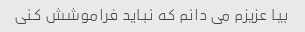
بیا عزیزم می دانم که نباید فراموشش کنی